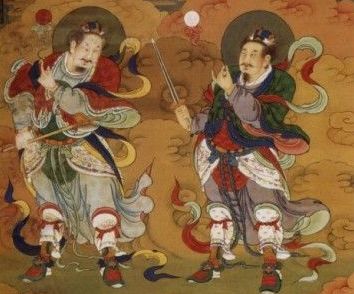
时雨降矣，而犹浸灌，其于泽也，不亦劳乎！